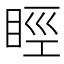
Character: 䀴